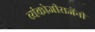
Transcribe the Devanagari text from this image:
व्यंकोजीराजेंनी